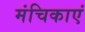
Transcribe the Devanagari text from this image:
मंचिकाएं